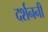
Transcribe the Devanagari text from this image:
दर्शननी